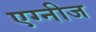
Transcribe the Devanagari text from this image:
एग्नीज